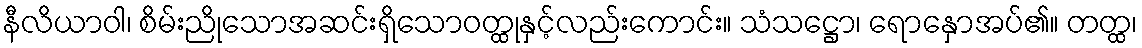
နီလိယာဝါ၊ စိမ်းညိုသောအဆင်းရှိသောဝတ္ထုနှင့်လည်းကောင်း။ သံသဋ္ဌော၊ ရောနှောအပ်၏။ တတ္ထ၊